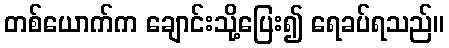
တစ်ယောက်က ချောင်းသို့ပြေး၍ ရေခပ်ရသည်။